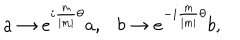
LaTeX: a \rightarrow e ^ { i { \frac { m } { \mid m \mid } } \theta } a , b \rightarrow e ^ { - i { \frac { m } { \mid m \mid } } \theta } b ,